Cholera in southern India
Disease focus: Cholera
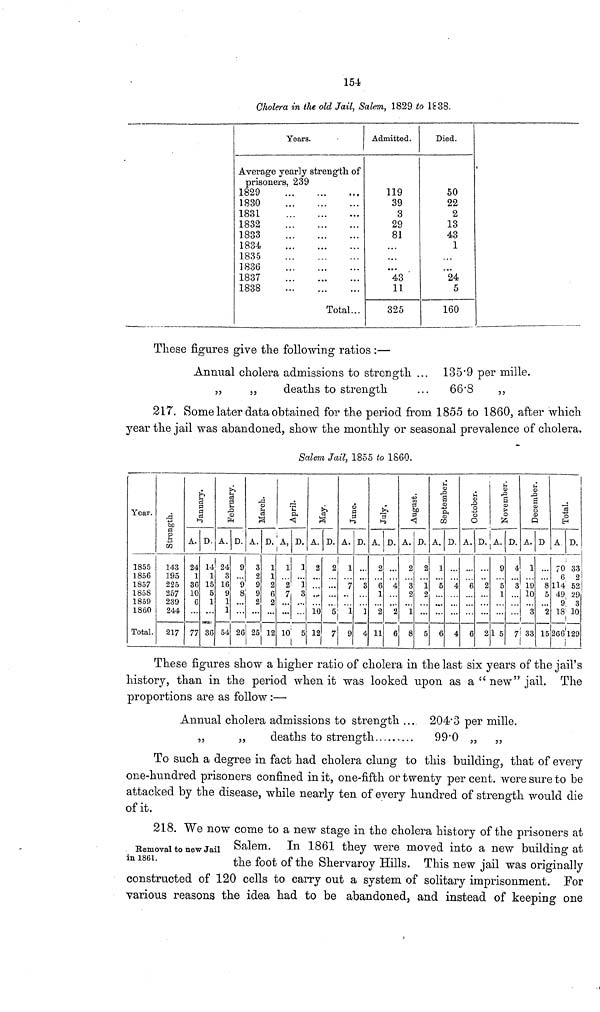
154
Cholera in the old Jail, Salem, 1829 to 1838.
Years.
Average yearly strength of
prisoners, 239
1829
1830
1831
1832
1833
1834
1835
1836
1837
1838
Total...
Admitted.
119
39
3
29
81
• • •
43
11
325
Died.
50
22
2
13
43
1
24
5
160
These figures give the following ratios :—
Annual cholera admissions to strength ... 135.9 per mille.
„
,,
deaths to strength
...
66.8
„
217. Some later data obtained for the period from 1855 to 1860, after which
year the jail was abandoned, show the monthly or seasonal prevalence of cholera.
Salem Jail, 1855 to 1860.
Year.
1855
1856
1857
1858
1859
1860
Total.
Strength.
143
195
225
257
239
244
217
January.
A.
24
1
an 10
6
77
D.
14
1
15
5
1
36
February.
A.
24
3
16
9
1
1
54
D.
.
9
8
...
26
March.
A.
3
2
9
9
2
D.
1
]
2
6
2
12
April.
A,
1
2
7
10
D.
1
1
3
5
May.
A.
2
10
12
D.
2
5
7
June.
A.
7
1
9
D.
S
1
4
July.
A.
2
6
1
2
11
D.
4
2
1
August.
A.
2
3
2
1
8
D.
2
1
2
5
September.
A.
1
5
6
D.
4
4
October.
A.
6
6 2
November.
A.
9
5
1
1 5
D.
4
3
December.
A.
1
19
10
3
33
D
8
5
2
15
Total.
A
70
6
114
49
9
18
266
D.
33
fi?,
29
3
10
129
These figures show a higher ratio of cholera in the last six years of the jail's
history, than in the period when it was looked upon as a" new" jail. The
proportions are as follow :—
Annual cholera admissions to strength ... 204.3 per mille.
,,
„
deaths to strength
99.0 ,, „
To such a degree in fact had cholera clung to this building, that of every
one-hundred prisoners confined in it, one-fifth or twenty per cent. were sure to be
attacked by the disease, while nearly ten of every hundred of strength would die
of it.
Removal to new Jail
in 1861.
218. We now come to a new stage in the cholera history of the prisoners at
Salem. In 1861 they were moved into a new building at
the foot of the Shervaroy Hills. This new jail was originally
constructed of 120 cells to carry out a system of solitary imprisonment. For
various reasons the idea had to be abandoned, and instead of keeping one